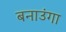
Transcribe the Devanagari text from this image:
बनाउंगा